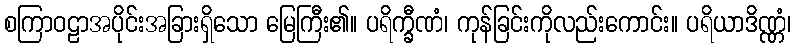
စကြာဝဠာအပိုင်းအခြားရှိသော မြေကြီး၏။ ပရိက္ခီဏံ၊ ကုန်ခြင်းကိုလည်းကောင်း။ ပရိယာဒိဏ္ဏံ၊